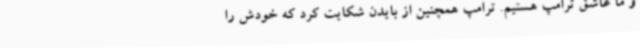
و ما عاشق ترامپ هستیم. ترامپ همچنین از بایدن شکایت کرد که خودش را